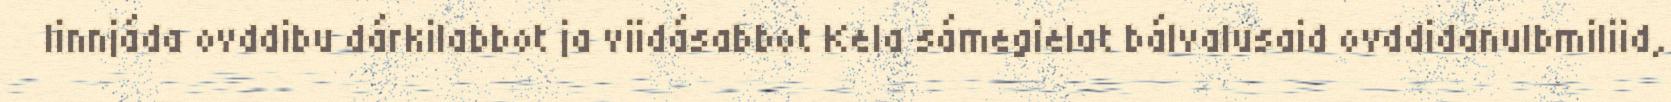
linnjáda ovddibu dárkilabbot ja viidásabbot Kela sámegielat bálvalusaid ovddidanulbmiliid,